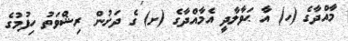
މާއްދާގެ (ހ) އާ ޙަވާލާދީ އެމާއްދާގެ (ށ) ގެ ދަށުން ރިޝްވަތު ހިފުމުގެ